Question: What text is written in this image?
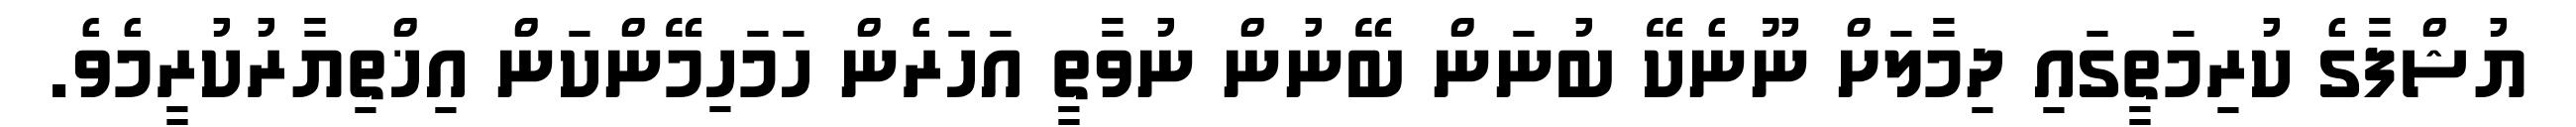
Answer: ޔުޝްފާގެ ކުރިމަތީގައި ދިމާލަށް ނޫނެކޭ ބުނަން ބޭނުން ނުވާތީ އަހަރެން ހަމަހިމޭންކަން އިޚްތިޔާރުކުރީމެވެ.